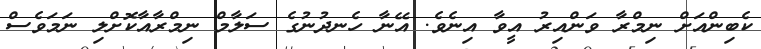
ކެބިންއަށް ނިމްރާ ވަންއިރު އީވާ އިނެވެ. އޭނާ ހެނދުނުގެ ސަލާމް ނިމްރާއާކޮށްލި ނަމަވެސް